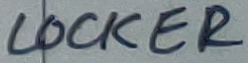
Text: LOCKER